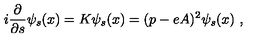
i \frac { \partial } { \partial s } \psi _ { s } ( x ) = K \psi _ { s } ( x ) = ( p - e A ) ^ { 2 } \psi _ { s } ( x ) \ ,